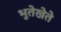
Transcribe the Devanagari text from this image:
भुतेखेते